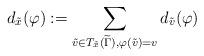
LaTeX: \begin{align*}d_{\tilde{x}} (\varphi) := \sum_{\tilde{v} \in T_{\tilde{x}} (\widetilde{\Gamma}), \varphi (\tilde{v}) = v } d_{\tilde{v}} (\varphi)\end{align*}